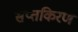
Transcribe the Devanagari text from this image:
सप्तकिरण